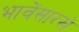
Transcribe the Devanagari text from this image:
भावेंसारखे